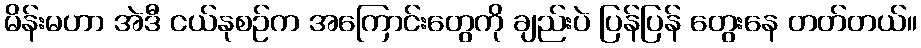
မိန်းမဟာ အဲဒီ ငယ်နုစဉ်က အကြောင်းတွေကို ချည်းပဲ ပြန်ပြန် တွေးနေ တတ်တယ်။